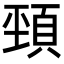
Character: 𩒤